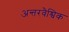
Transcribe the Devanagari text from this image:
अन्तरवैश्विक